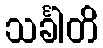
သင်္ခါတိ